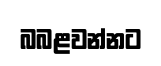
බබළවන්නට